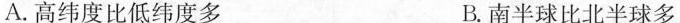
A.高纬度比低纬度多 B.南半球比北半球多